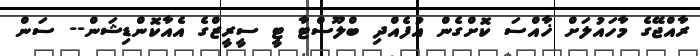
ރާއްޖޭގެ މާހައުލަށް ޚާއްސަ ކޮށްގެން އުފެއްދި ބްލޫސްޓާ ޓީ ސީރީޒްގެ އެއާކޮންޑިޝަން-- ސަން